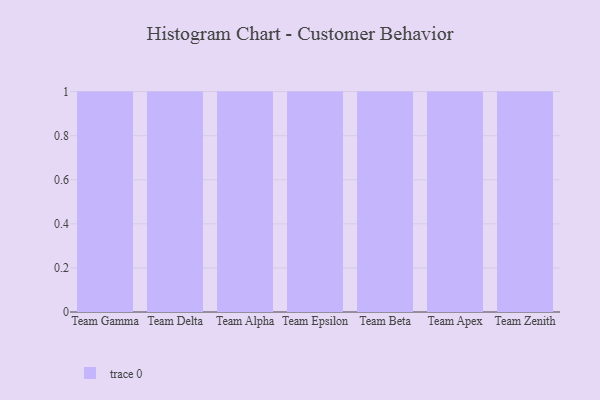
{"axis": {"x": "Team", "y": "Page Views"}, "legend": [""], "data": [{"x": "Team Gamma", "y": 81, "type": ""}, {"x": "Team Delta", "y": 88, "type": ""}, {"x": "Team Alpha", "y": 19, "type": ""}, {"x": "Team Epsilon", "y": 85, "type": ""}, {"x": "Team Beta", "y": 35, "type": ""}, {"x": "Team Apex", "y": 79, "type": ""}, {"x": "Team Zenith", "y": 29, "type": ""}]}